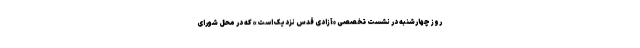
روز چهارشنبه در نشست تخصصی «آزادی قدس نزدیک است» که در محل شورای